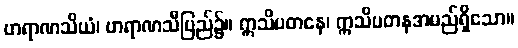
ဗာရာဏသိယံ၊ ဗာရာဏသီပြည်၌။ ဣသိပတနေ၊ ဣသိပတနအမည်ရှိသော။